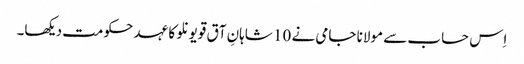
اِس حساب سے مولانا جامی نے 10 شاہانِ آق قویونلو کا عہد حکومت دیکھا۔